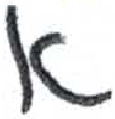
אות: א